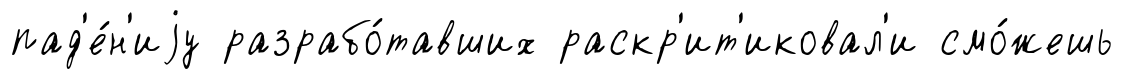
пад'е́н'иjу разрабо́тавших раскр'ит'иковал'и смо́жешь